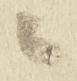
ニ